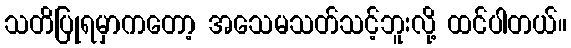
သတိပြုရမှာကတော့ အသေမသတ်သင့်ဘူးလို့ ထင်ပါတယ်။